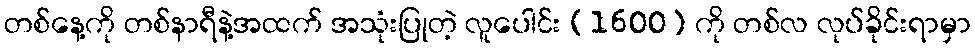
တစ်နေ့ကို တစ်နာရီနဲ့အထက် အသုံးပြုတဲ့ လူပေါင်း (1600) ကို တစ်လ လုပ်ခိုင်းရာမှာ